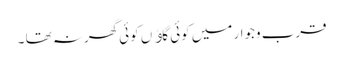
قرب وجوار میں کوئی گاﺅں کوئی گھرنہ تھا ۔